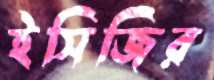
ইসিজির